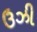
ઉઝી